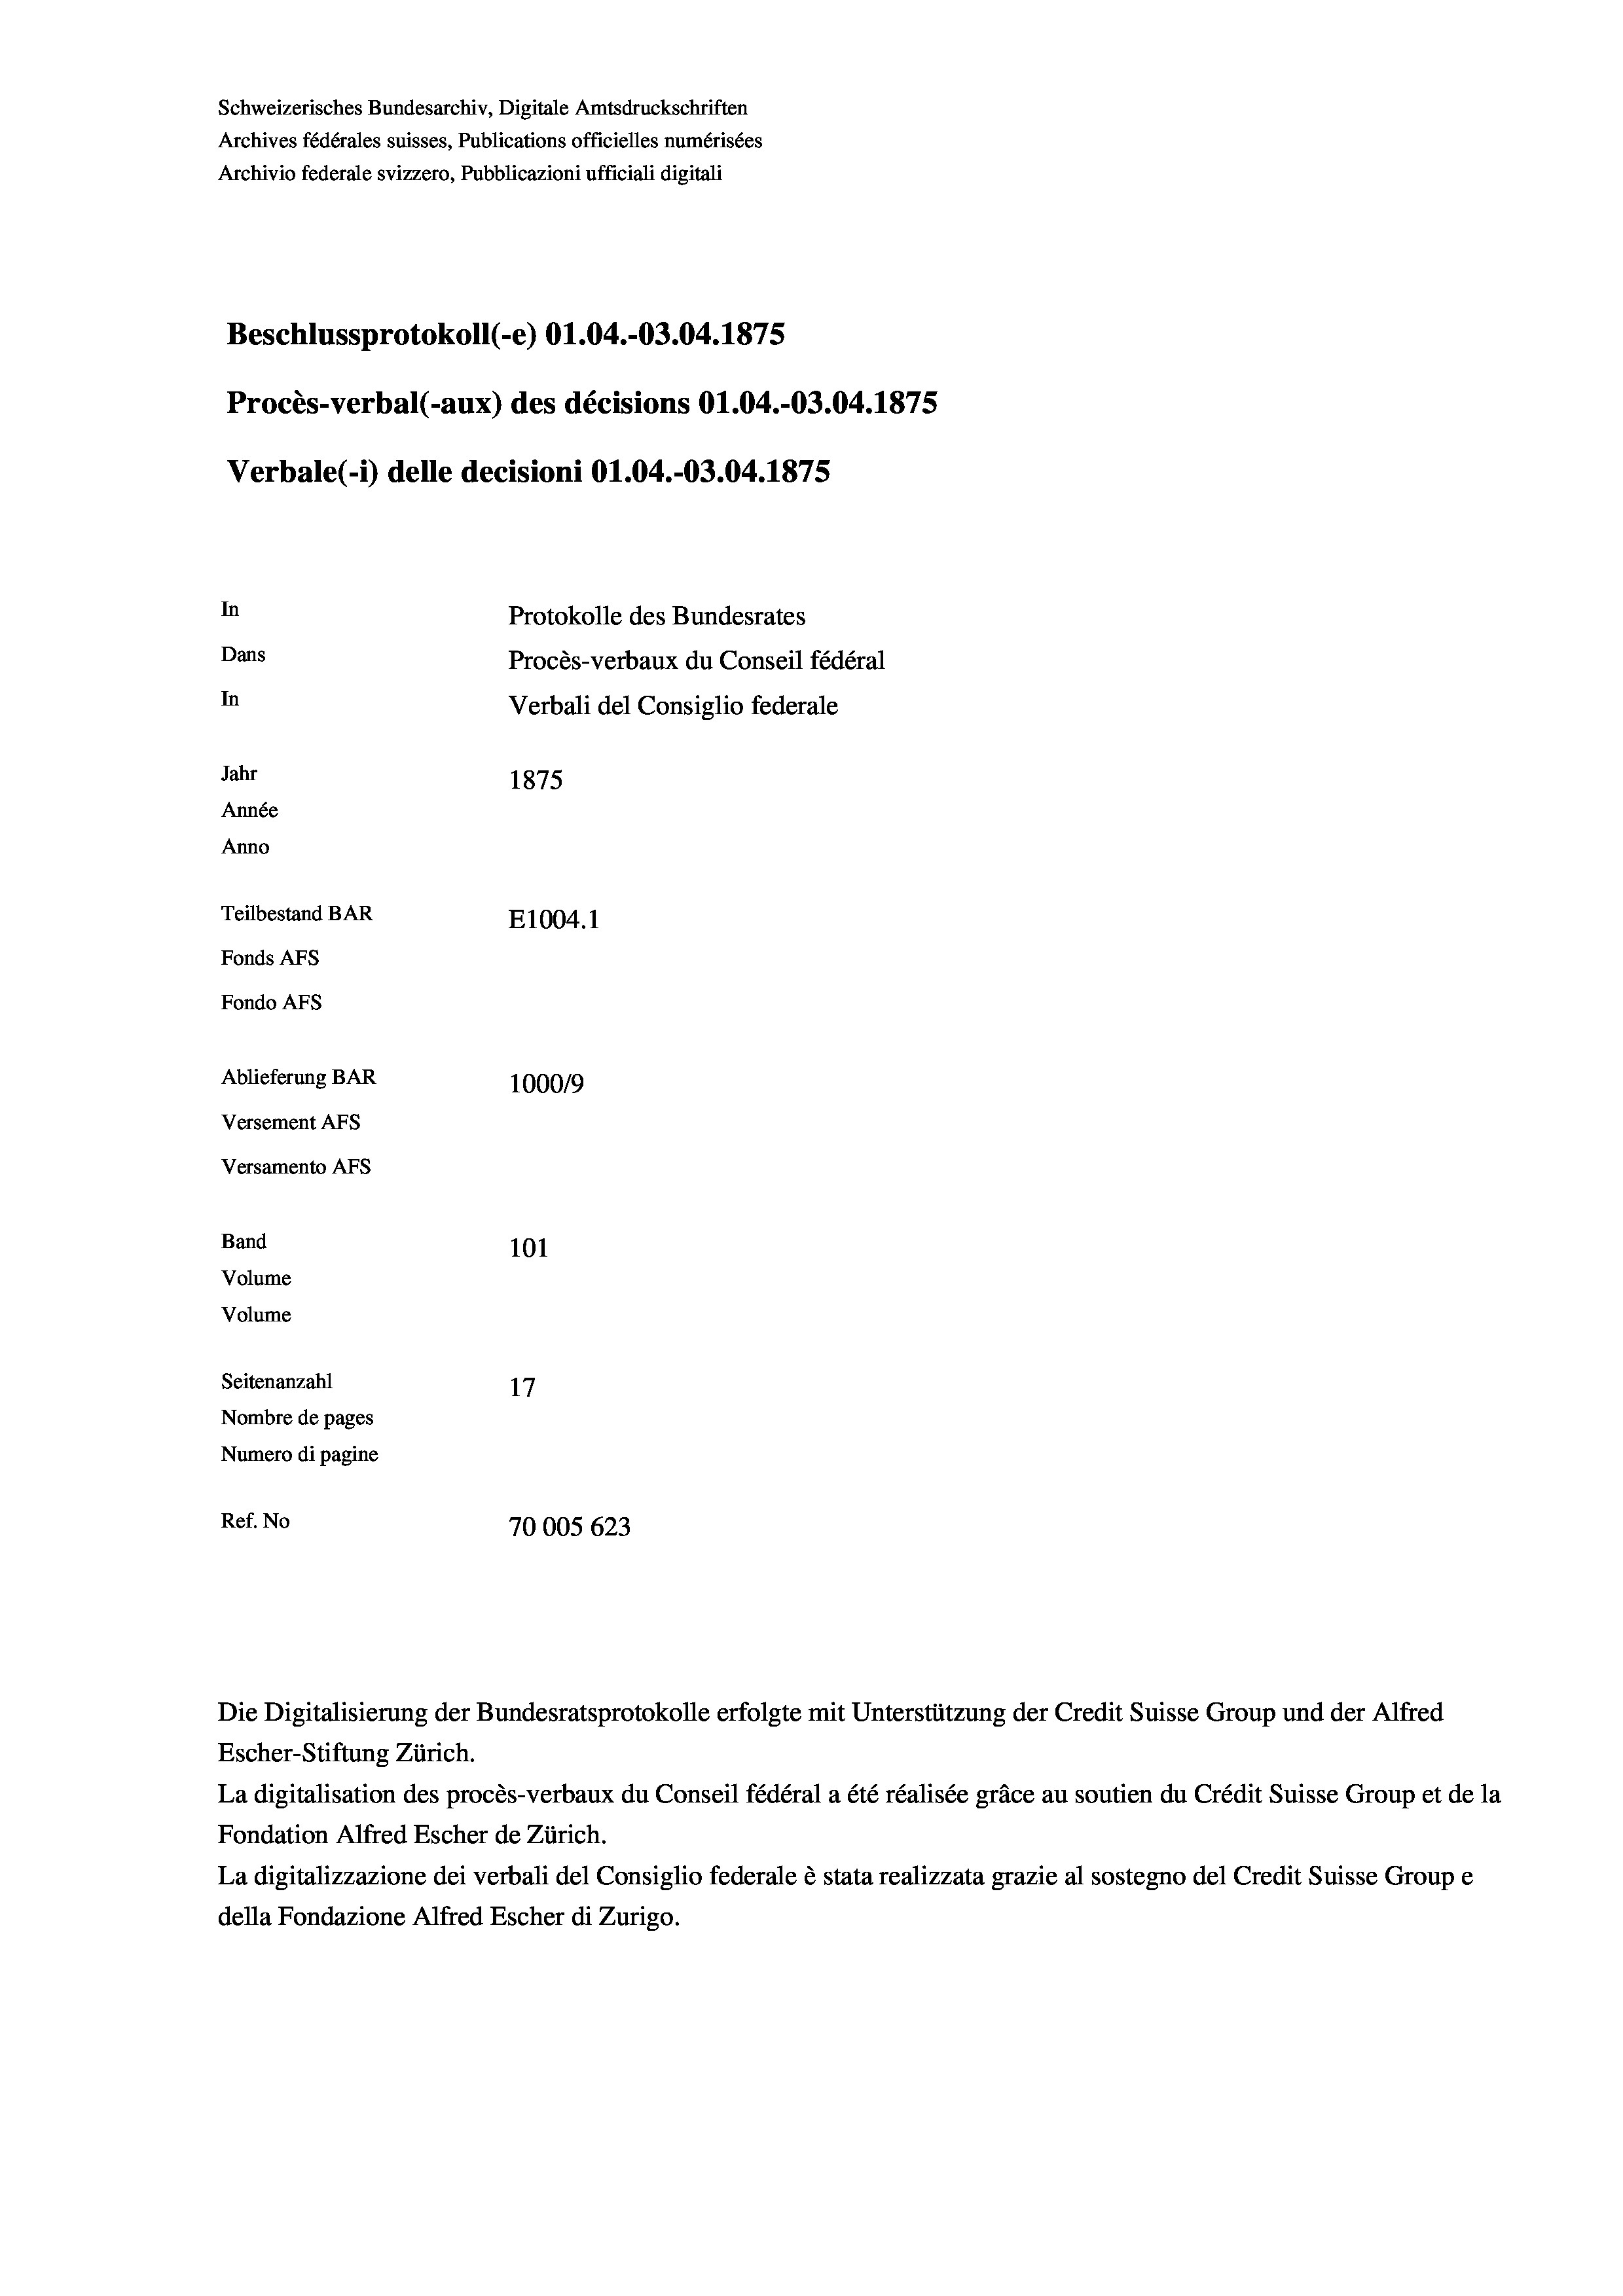
Schweizerisches Bundesarchiv, Digitale Amtsdruckschriften
Archives fédérales suisses, Publications officielles numérisées
Archivio federale svizzero, Pubblicazioni ufficiali digitali
Beschlussprotokoll (-e) O1.04.-03.04. 1875
Procès-verbal (-aux) des décisions O1.04.-03.04. 1875
Verbale (1) delle decisioni O1.04.-03.04. 1875
In
Protokolle des Bundesrates
Dans
Procès-verbaux du Conseil fédéral
In
Verbali del Consiglio federale
Jahr
1875
Année
Anno
Teilbestand BAR
E1004. 1
Fonds Afs
Fondo Afs
Ablieferung BAR
100019
Versement AFs
Versamento Afs
Band
101

Volume
Volume
Seitenanzahl
17
Nombre de pages
Numero di pagine
Ref. No
70005 623

Die Digitalisierung der Bundesratsprotokolle erfolgte mit Unterstützung der Credit Suisse Group und der Alfred
Escher-Stiftung Zürich.
La digitalisation des procès-verbaux du Conseil fédéral a été réalisée gräce au soutien du Crédit Suisse Group et de la
Fondation Alfred Escher de Zürich.
La digitalizzazione dei verbali del Consiglio federale è stata realizzata grazie al sostegno del Credit Suisse Groupe
della Fondazione Alfred Escher di Zurigo.